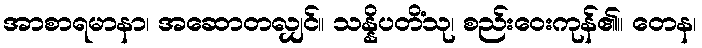
အာစာရမာနာ၊ အဆောတလျှင်။ သန္နိပတိံသု၊ စည်းဝေးကုန်၏။ တေန၊